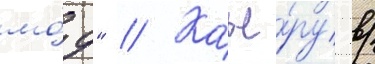
мо́д" // Карье́ру в